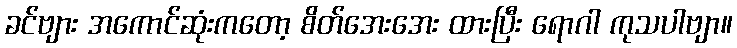
ခင်ဗျား အကောင်ဆုံးကတော့ စိတ်အေးအေး ထားပြီး ရောဂါ ကုသပါဗျာ။